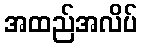
အထည်အလိပ်